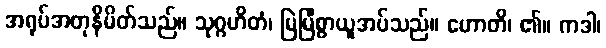
အရုပ်အတုနိမိတ်သည်။ သုဂ္ဂဟိတံ၊ မြဲမြံစွာယူအပ်သည်။ ဟောတိ၊ ၏။ ကဒါ၊